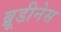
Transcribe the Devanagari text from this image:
ब्रूडीनेस